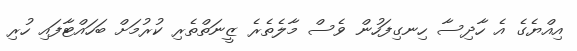
އިއްޔެގެ އެ ހާދިސާ ހިނގިފަހުން ވެސް މާލެތެރެ ޒީނަތްތެރި ކުރުމަށް ބަހައްޓާފައި ހުރި